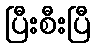
ပြီးစီးပြီ